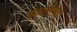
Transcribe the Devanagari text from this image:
ह्यासोबत